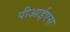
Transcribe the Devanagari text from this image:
पीआईएस